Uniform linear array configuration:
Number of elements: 48
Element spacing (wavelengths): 0.25
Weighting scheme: hann
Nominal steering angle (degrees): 0
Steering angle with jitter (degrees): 0.08057
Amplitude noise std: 0.05
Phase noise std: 0.05

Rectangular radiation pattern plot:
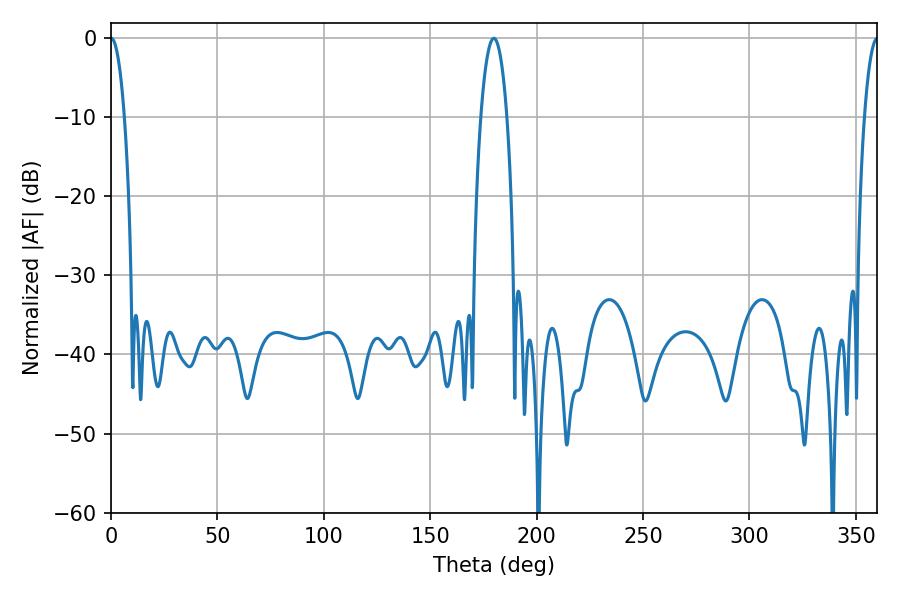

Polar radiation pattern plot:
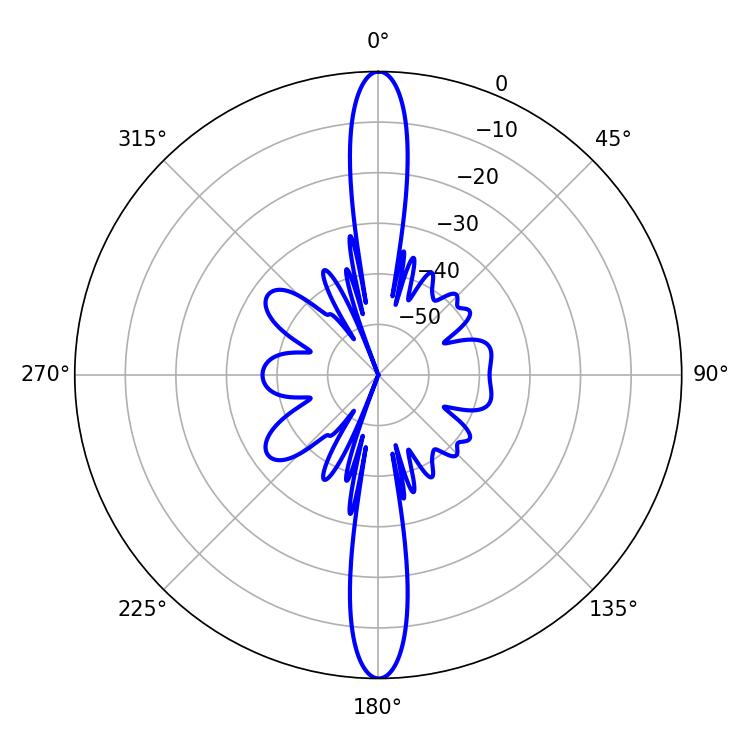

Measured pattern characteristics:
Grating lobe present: FALSE
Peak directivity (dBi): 36.332
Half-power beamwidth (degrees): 3.6
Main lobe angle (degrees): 0.18